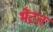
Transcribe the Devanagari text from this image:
भेंटत